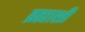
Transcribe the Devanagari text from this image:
ब्रह्माशी